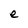
Character: e